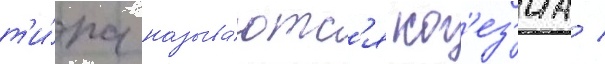
т'и́па называ́ютс'я ког'ез'иа /